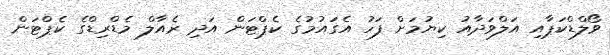
ވޯލްޑްކަޕާއި އަލްވަދާއު ކިޔުމަށް ފަހު އެގައުމުގެ ކެޕްޓަން އަދި ރެއާލް މެޑްރިޑްގެ ކެޕްޓަން